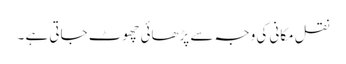
نقل مکانی کی وجہ سے پڑھائی چھوٹ جاتی ہے ۔